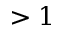
> 1